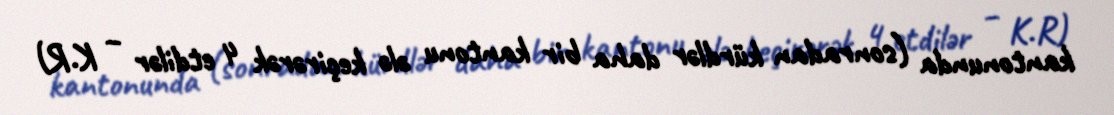
kantonunda (sonradan kürdlər daha bir kantonu ələ keçirərək 4 etdilər – K.R)